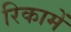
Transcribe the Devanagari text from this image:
रिकामें